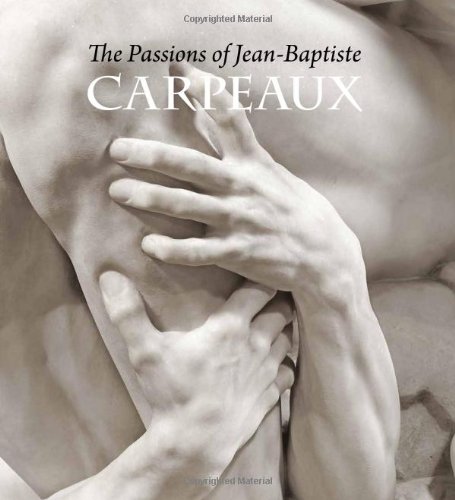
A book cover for The Passions of Jean-Baptiste Carpeaux (Metropolitan Museum of Art); James David Draper; Arts & Photography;